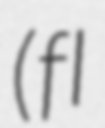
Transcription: (fl